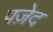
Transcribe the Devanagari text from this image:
पज़ेद